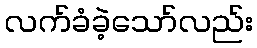
လက်ခံခဲ့သော်လည်း